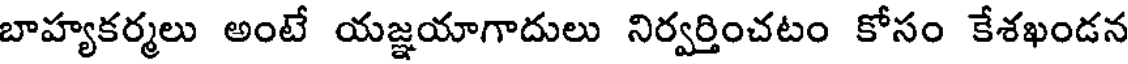
బాహ్యకర్మలు అంటే యజ్ఞయాగాదులు నిర్వర్తించటం కోసం కేశఖండన